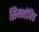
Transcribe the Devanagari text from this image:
सिमनोविच